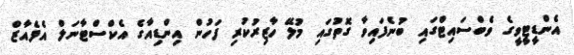
އެންޑީޓީވީގެ ވެބްސައިޓްގައި ބުނެފައިވާ ގޮތުގައި މުލޭ ހާޒިރުކުރި ފަހުން އިންޑިއާގެ އެކްސްޓާނަލް އެފެއާޒް